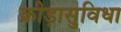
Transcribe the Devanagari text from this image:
क्रीड़ासुविधा